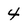
Character: 4